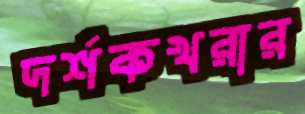
দর্শকখরার